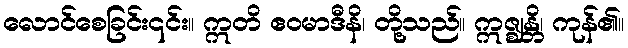
လောင်စေခြင်း၎င်း။ ဣတိ ဧဝမာဒီနိ၊ တို့သည်။ ဣဇ္ဈန္တိ၊ ကုန်၏။